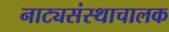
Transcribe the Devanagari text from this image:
नाट्यसंस्थाचालक